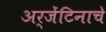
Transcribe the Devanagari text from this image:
अर्जेंटिनाचे